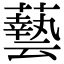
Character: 𮒛